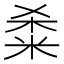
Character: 𫂿